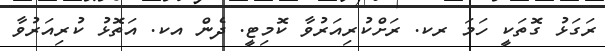
ރަަގަޅު ގޮތަކީ ހަމަ ރކ. ރަށްކުރިއަރުވާ ކޮމިޓީ. ދެން އކ. އަތޮޅު ކުރިއަރުވާ